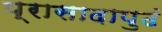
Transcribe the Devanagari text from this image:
प्रासादापुढं